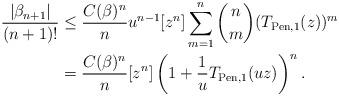
LaTeX: \begin{align*} \frac{|\beta_{n+1}|}{(n+1)!} &\leq \frac{C(\beta)^{n}}{n} u^{n-1} [z^n]\sum\limits_{m=1}^n {n \choose m} (T_{\mathrm{Pen},1}(z))^m \\&= \frac{C(\beta)^{n}}{n}[z^n]\left(1+\frac{1}{u}T_{\mathrm{Pen},1}(uz)\right)^n. \end{align*}